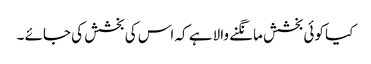
کیا کوئی بخشش مانگنے والا ہے کہ اس کی بخشش کی جائے ۔